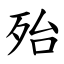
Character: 殆